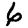
Digit: 6